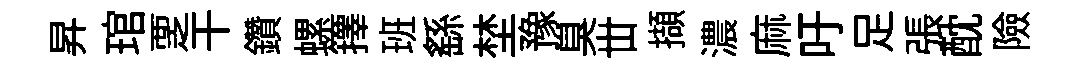
昇琯覂干鑽螺籜班繇埜豫臭丗擷濃麻吁足張酖險